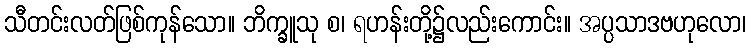
သီတင်းလတ်ဖြစ်ကုန်သော။ ဘိက္ခူသု စ၊ ရဟန်းတို့၌လည်းကောင်း။ အပ္ပသာဒဗဟုလော၊